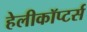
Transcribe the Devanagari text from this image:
हेलीकॉप्टर्स